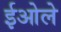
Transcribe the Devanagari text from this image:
ईओले